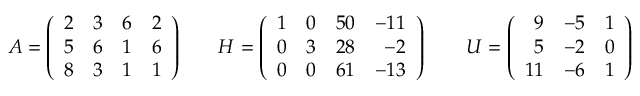
A = { \left( \begin{array} { l l l l } { 2 } & { 3 } & { 6 } & { 2 } \\ { 5 } & { 6 } & { 1 } & { 6 } \\ { 8 } & { 3 } & { 1 } & { 1 } \end{array} \right) } \qquad H = \left( { \begin{array} { r r r r } { 1 } & { 0 } & { 5 0 } & { - 1 1 } \\ { 0 } & { 3 } & { 2 8 } & { - 2 } \\ { 0 } & { 0 } & { 6 1 } & { - 1 3 } \end{array} } \right) \qquad U = \left( { \begin{array} { r r r } { 9 } & { - 5 } & { 1 } \\ { 5 } & { - 2 } & { 0 } \\ { 1 1 } & { - 6 } & { 1 } \end{array} } \right)